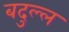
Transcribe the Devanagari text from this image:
बदुल्ल